Laimjala_vallavalitsus, lk 8
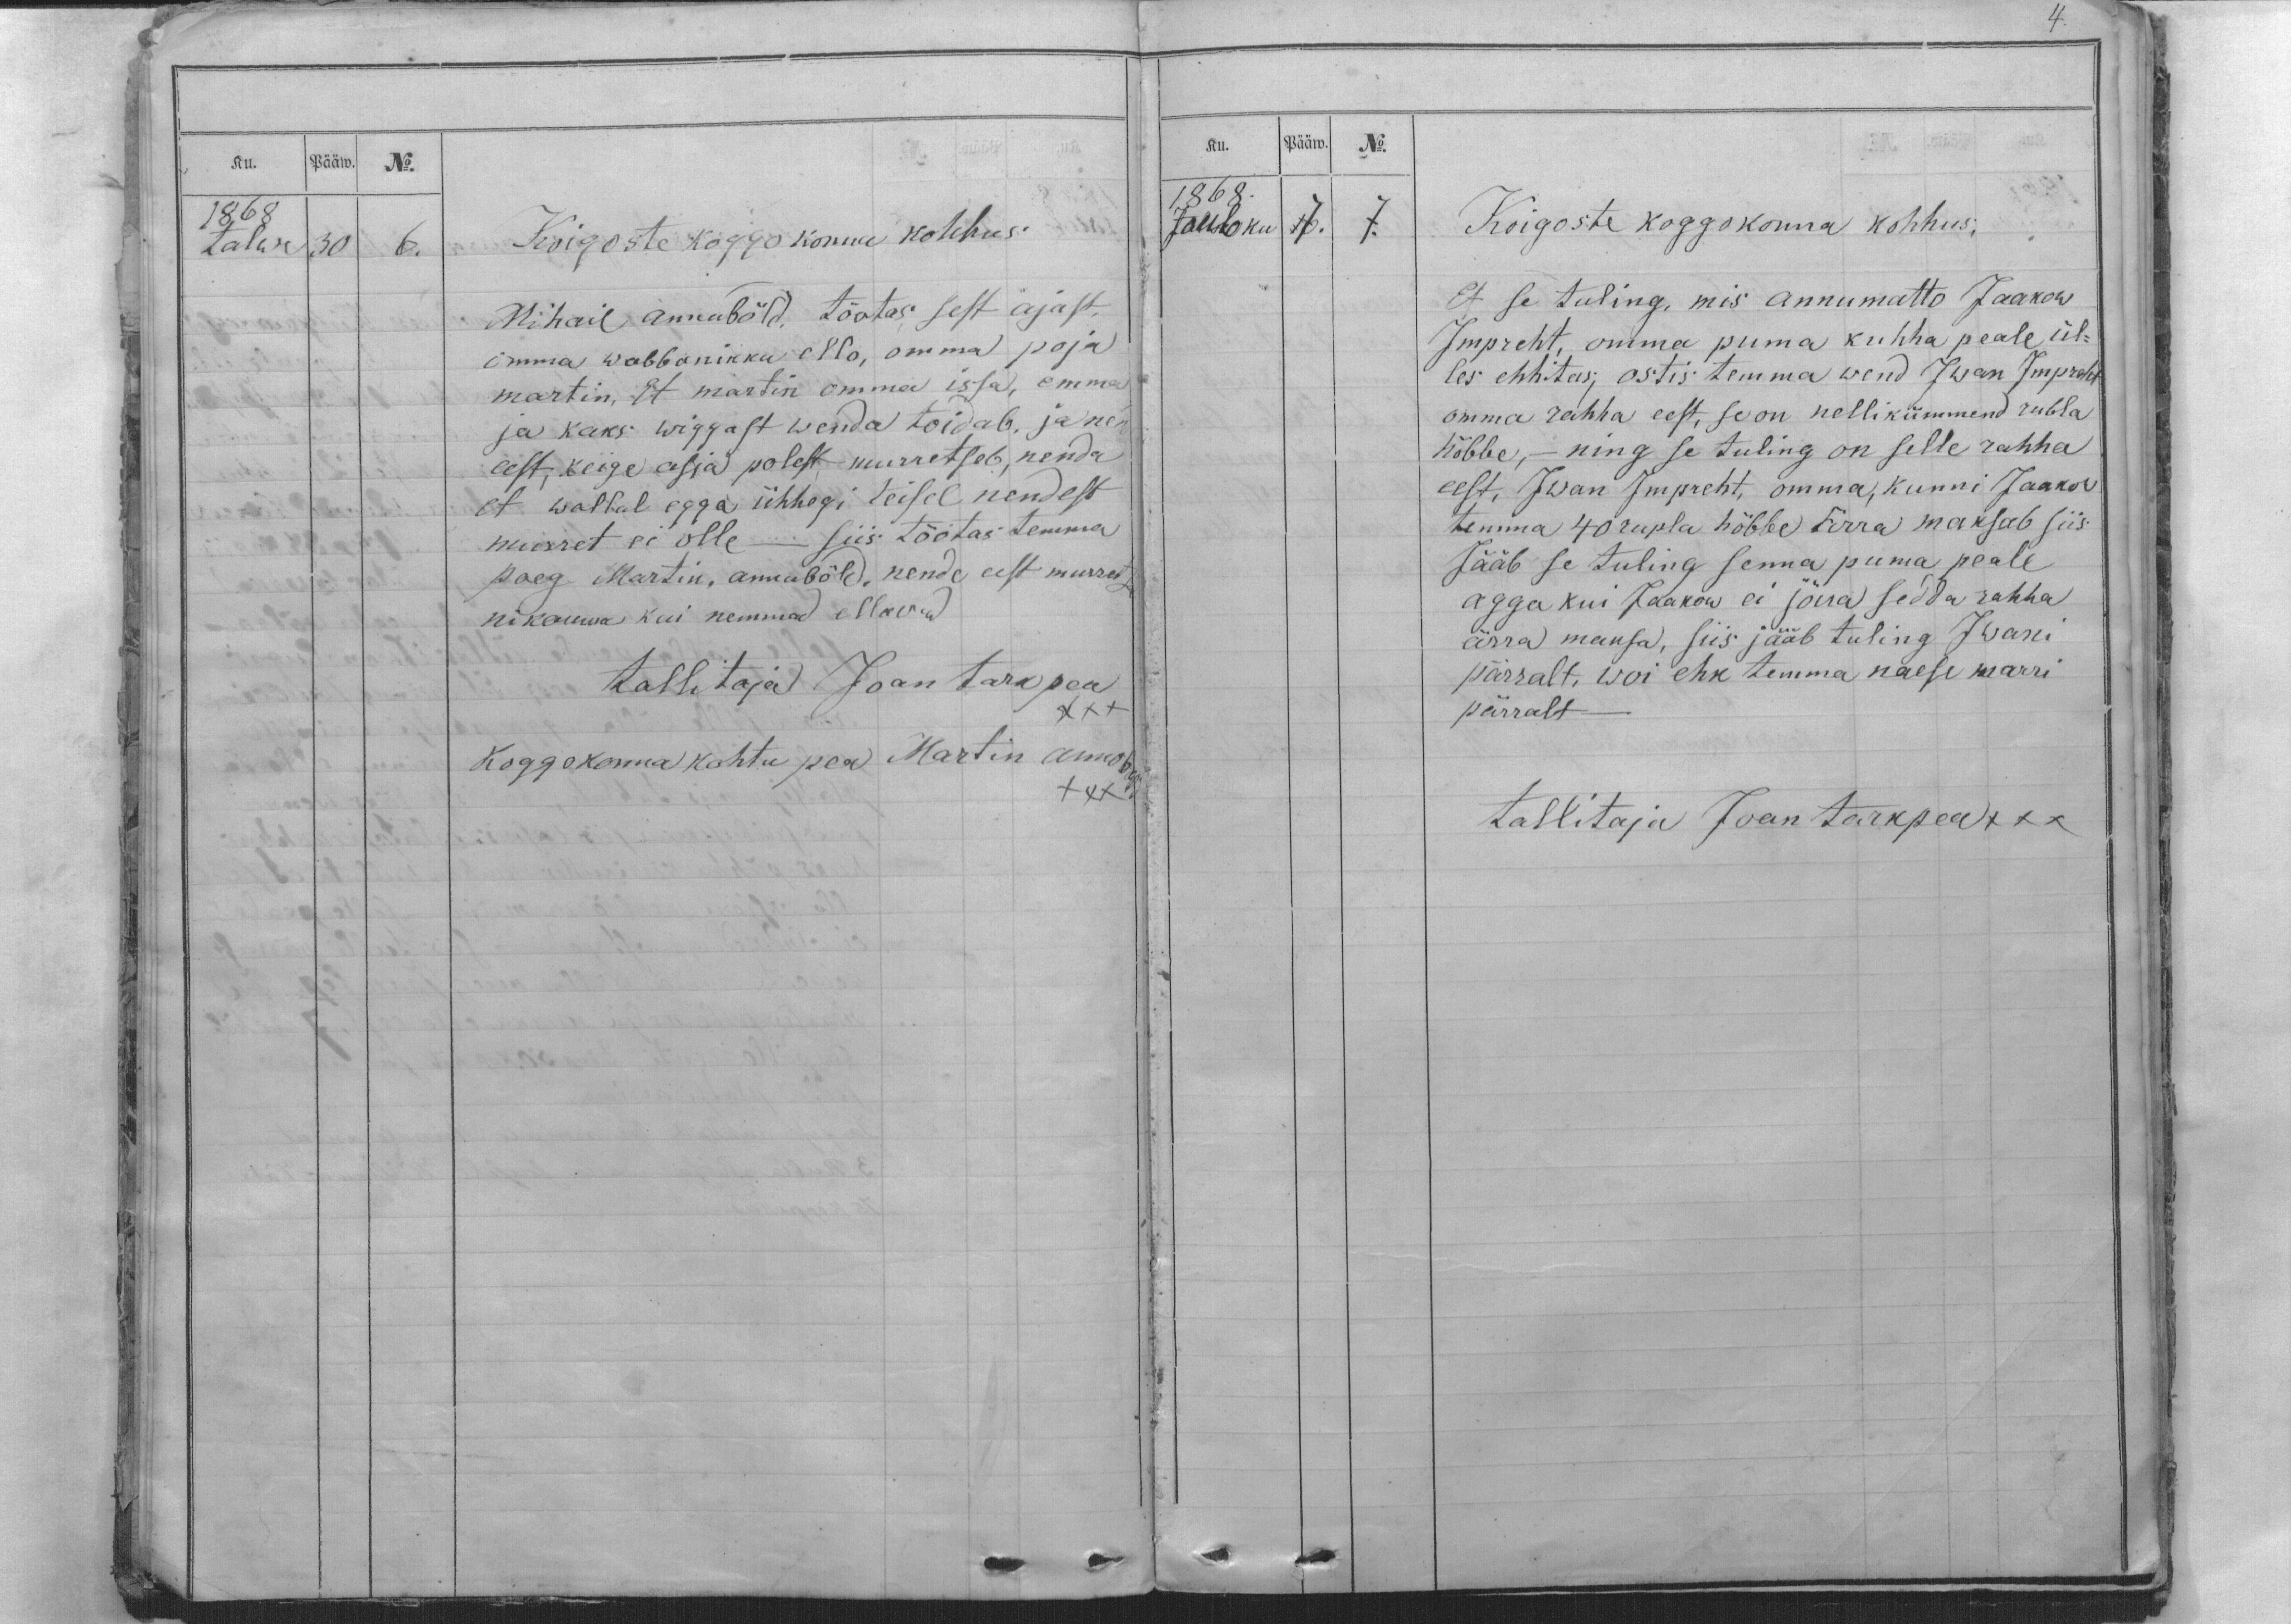
Ku.
Pääw.
No.
1868
Talwe
30
6.
Koigoste koggokonna kohhus
Mihail Annubõld, tõotas sest ajast,
omma wabbanikku ello, omma poja
martin, Et martin omma issa, emma
ja kaks wiggast wenda toidab, ja nend
eest, keige asja polest murretseb, nenda
et wallal egga ühhegi teisel nendest
murret ei olle - siis tõotas temma
poeg Martin, annubõld, nende eest murretsed
nikauwa kui nemmad ellawad
tallitaja Joan tarkpea
XXX
Koggokonna kohtu pea Martin Annobõld
XXX

Ku.
Pääw.
No.
1868.
Joulo ku
7.
7.
Koigoste koggokonna kohhus,
Et se tuling, mis Annumatto Jaakow
Impreht, omma puma kuhha peale ül-
les ehhitas, ostis temma wend Iwan Impreht
omma rahha eest, se on nellikümmend rubla
hõbbe, - ning se tuling on selle rahha
eest, Ivan Impreht, omma, kunni Jaakow
temma 40 rupla hõbbe ärra maksab siis
Jääb se tuling senna puma peale
agga kui Jaakow ei jõua sedda rahha
ärra maksa, siis jääb tuling Iwani
pärralt, woi ehk temma naese marri
pärralt -
tallitaja Joan tarkpea xxx